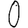
Digit: 0